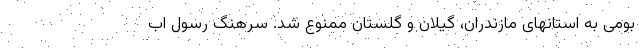
بومی به استانهای مازندران، گیلان و گلستان ممنوع شد. سرهنگ رسول اب